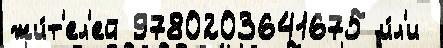
жи́т'ел'ей 9780203641675 и́л'и